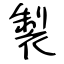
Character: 製